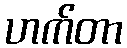
ဟက်တာ